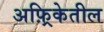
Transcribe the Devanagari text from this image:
अफ़्रिकेतील